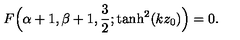
F \Bigl ( \alpha + 1 , \beta + 1 , \frac { 3 } { 2 } ; \tanh ^ { 2 } ( k z _ { 0 } ) \Bigr ) = 0 .